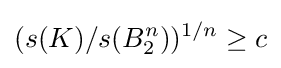
(s(K)/s(B_{2}^{n}))^{1/n}\geq c